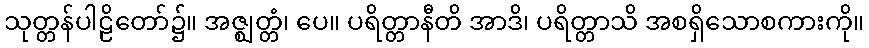
သုတ္တန်ပါဠိတော်၌။ အဇ္ဈတ္တံ၊ ပေ။ ပရိတ္တာနီတိ အာဒိ၊ ပရိတ္တာသိ အစရှိသောစကားကို။